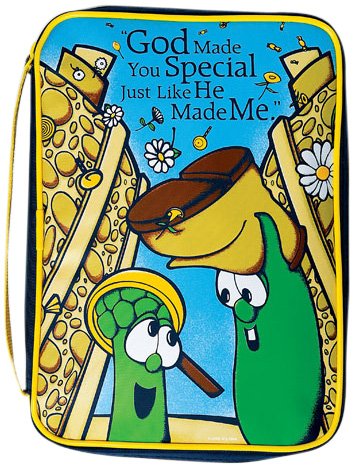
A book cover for Flibber-O-Loo Bible Cover: Story Size; Christian Books & Bibles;